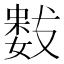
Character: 𭤋